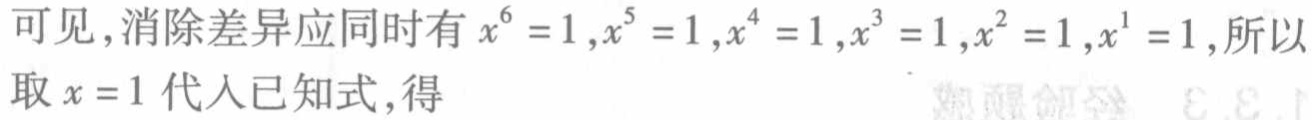
可见，消除差异应同时有 \(x^{6}=1,x^{5}=1,x^{4}=1,x^{3}=1,x^{2}=1,x^{1}=1\)，所以取 \(x = 1\) 代入已知式，得